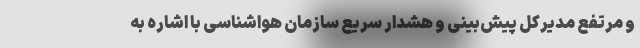
و مرتفع مدیرکل ‌پیش‌بینی و هشدار سریع سازمان هواشناسی با اشاره به